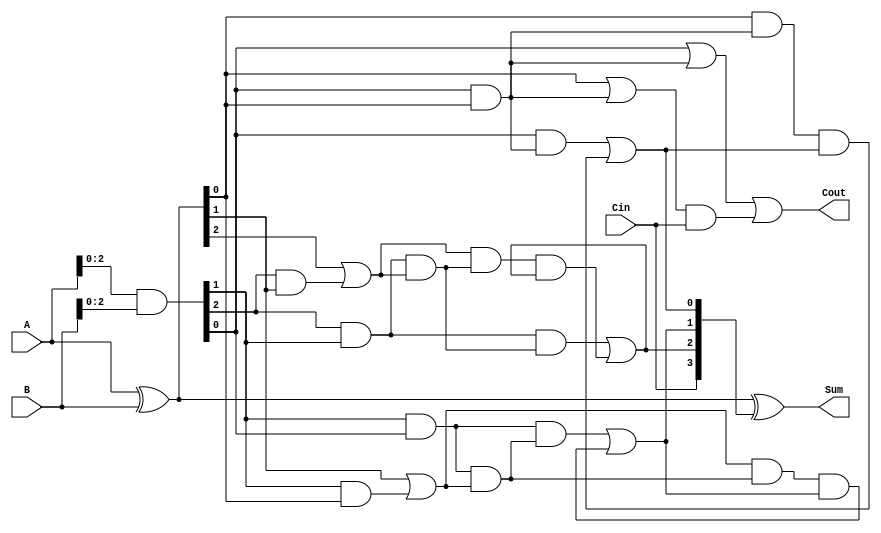
module carry_skip_adder(input [3:0] A, input [3:0] B, input Cin, output [3:0] Sum, output Cout);

wire [3:0] P, G, Generate, Propagate, C;
wire [2:0] Skip;
wire [3:0] G_AND, G_OR, P_AND, P_OR;

assign P = A ^ B;
assign G = A & B;
assign Generate = {G[3] & G[2], G[2] & G[1], G[1] & G[0], G[0]};
assign Propagate = {P[3] | G[3] & P[2], P[2] | G[2] & P[1], P[1] | G[1] & P[0], P[0]};

assign Skip = {Generate[2] & Propagate[2], Generate[1] & Propagate[1], Generate[0] & Propagate[0]};
assign G_AND = {Generate[2] & Skip[2], Generate[1] & Skip[1], Generate[0] & Skip[0]};
assign G_OR = {Generate[2] | Skip[2], Generate[1] | Skip[1], Generate[0] | Skip[0]};
assign P_AND = {Propagate[2] & Skip[2], Propagate[1] & Skip[1], Propagate[0] & Skip[0]};
assign P_OR = {Propagate[2] | Skip[2], Propagate[1] | Skip[1], Propagate[0] | Skip[0]};

assign C = {Cin, G_AND[2] | (P_AND[2] & C[2]), G_AND[1] | (P_AND[1] & C[1]), G_AND[0] | (P_AND[0] & C[0])};

assign Sum = P ^ C;
assign Cout = G_OR | (P_OR & C[3]);

endmodule